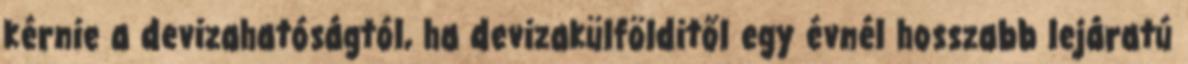
kérnie a devizahatóságtól, ha devizakülfölditől egy évnél hosszabb lejáratú